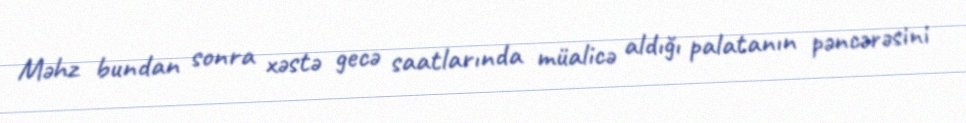
Məhz bundan sonra xəstə gecə saatlarında müalicə aldığı palatanın pəncərəsini